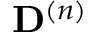
\mathbf { D } ^ { ( n ) }